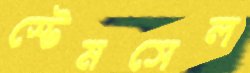
স্টেমসেল